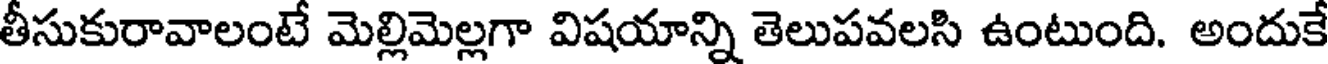
తీసుకురావాలంటే మెల్లిమెల్లగా విషయాన్ని తెలుపవలసి ఉంటుంది. అందుకే